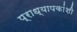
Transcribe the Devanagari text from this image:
प्राध्यापकांशी